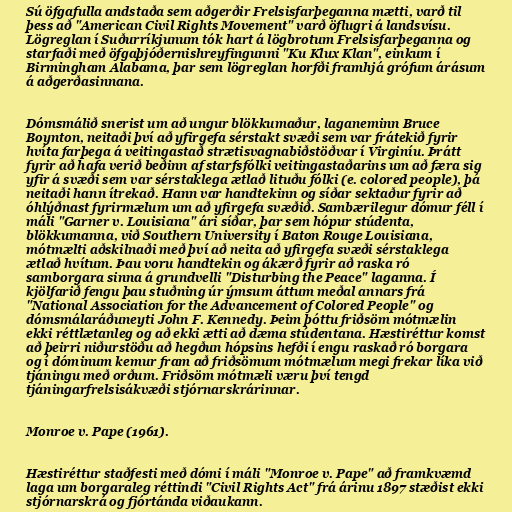
Sú öfgafulla andstaða sem aðgerðir Frelsisfarþeganna mætti, varð til
þess að "American Civil Rights Movement" varð öflugri á landsvísu.
Lögreglan í Suðurríkjunum tók hart á lögbrotum Frelsisfarþeganna og
starfaði með öfgaþjóðernishreyfingunni "Ku Klux Klan", einkum í
Birmingham Alabama, þar sem lögreglan horfði framhjá grófum árásum
á aðgerðasinnana.

Dómsmálið snerist um að ungur blökkumaður, laganeminn Bruce
Boynton, neitaði því að yfirgefa sérstakt svæði sem var frátekið fyrir
hvíta farþega á veitingastað strætisvagnabiðstöðvar í Virginíu. Þrátt
fyrir að hafa verið beðinn af starfsfólki veitingastaðarins um að færa sig
yfir á svæði sem var sérstaklega ætlað lituðu fólki (e. colored people), þá
neitaði hann ítrekað. Hann var handtekinn og síðar sektaður fyrir að
óhlýðnast fyrirmælum um að yfirgefa svæðið. Sambærilegur dómur féll í
máli "Garner v. Louisiana" ári síðar, þar sem hópur stúdenta,
blökkumanna, við Southern University í Baton Rouge Louisiana,
mótmælti aðskilnaði með því að neita að yfirgefa svæði sérstaklega
ætlað hvítum. Þau voru handtekin og ákærð fyrir að raska ró
samborgara sinna á grundvelli "Disturbing the Peace" laganna. Í
kjölfarið fengu þau stuðning úr ýmsum áttum meðal annars frá
"National Association for the Advancement of Colored People" og
dómsmálaráðuneyti John F. Kennedy. Þeim þóttu friðsöm mótmælin
ekki réttlætanleg og að ekki ætti að dæma stúdentana. Hæstiréttur komst
að þeirri niðurstöðu að hegðun hópsins hefði í engu raskað ró borgara
og í dóminum kemur fram að friðsömum mótmælum megi frekar líka við
tjáningu með orðum. Friðsöm mótmæli væru því tengd
tjáningarfrelsisákvæði stjórnarskrárinnar.

Monroe v. Pape (1961).

Hæstiréttur staðfesti með dómi í máli "Monroe v. Pape" að framkvæmd
laga um borgaraleg réttindi "Civil Rights Act" frá árinu 1897 stæðist ekki
stjórnarskrá og fjórtánda viðaukann.